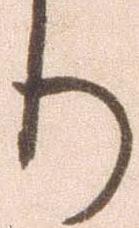
り